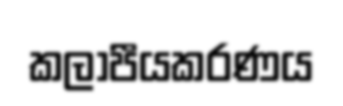
කලාපීයකරණය